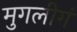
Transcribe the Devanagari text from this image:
मुगलीगं